Leningradi_Edasi_toimetus, lk 7
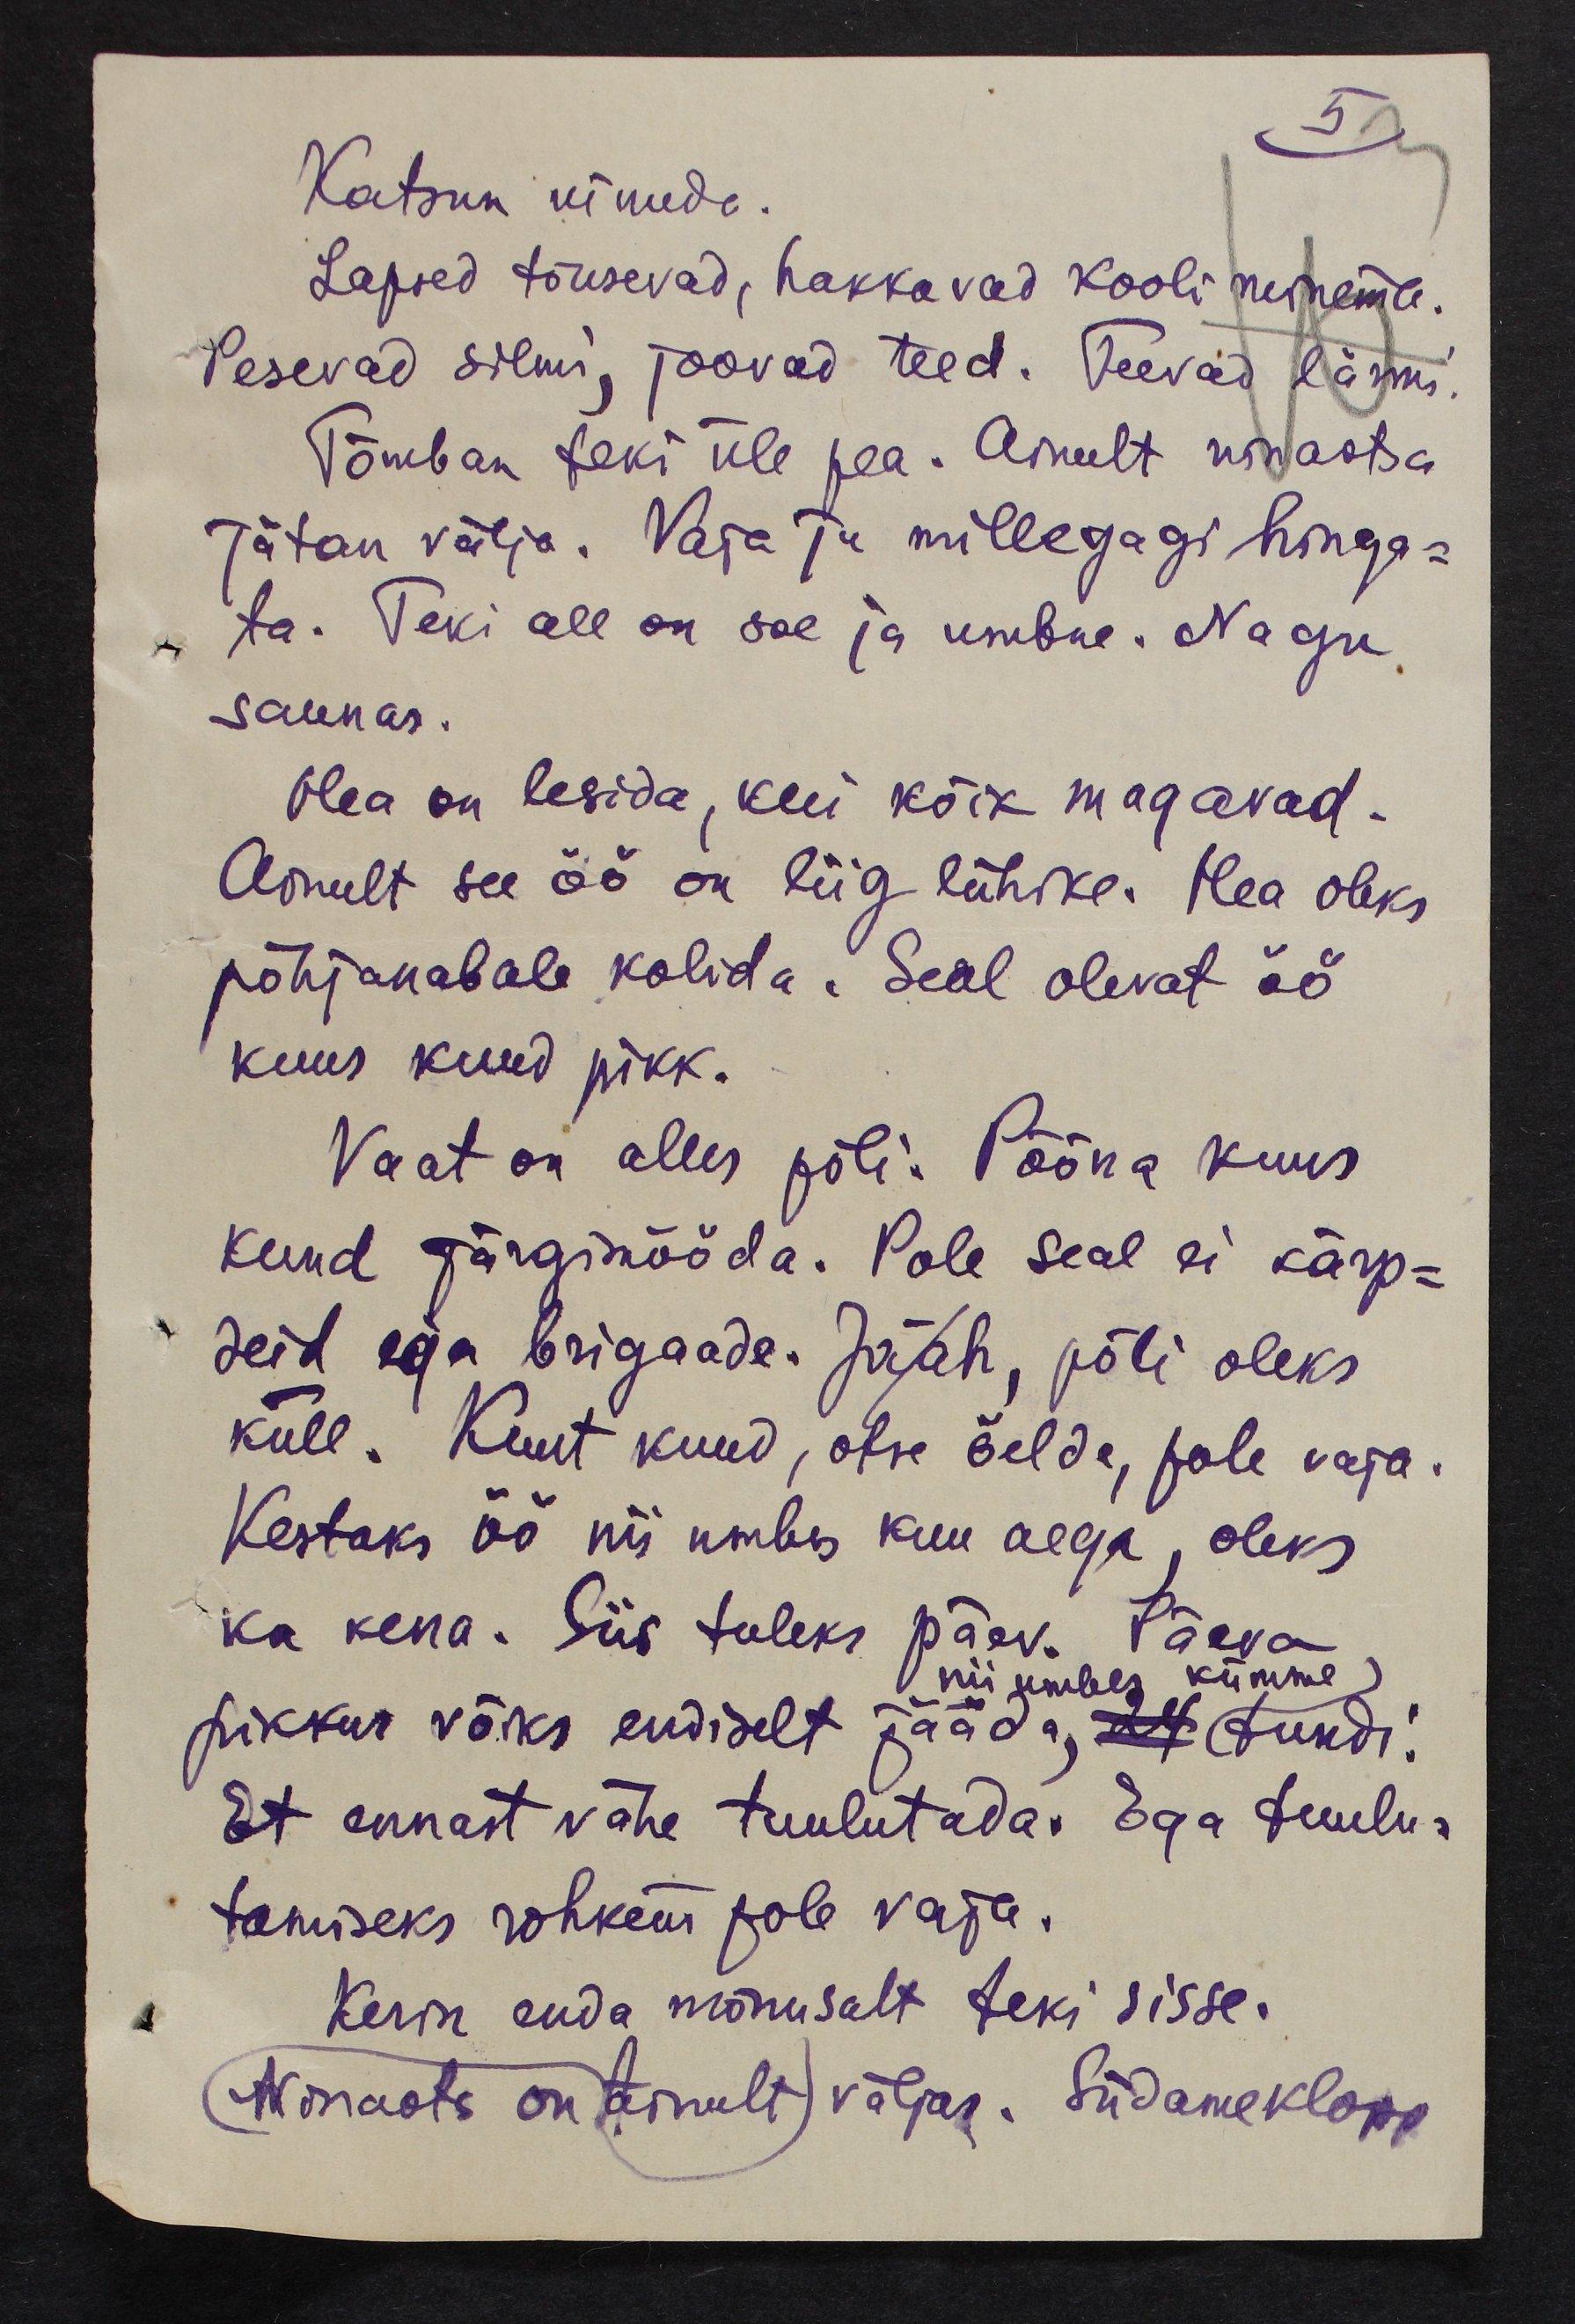
Katsun uinuda.
Lapsed tõusevad, hakkavad kooli neinema.
Pesevad silmi, joovad teed. Teevad lärmi.
Tõmban teki üle pea. Ainult ninaotsa
jätan välja. Vaja ja millegagi hinga-
ta. Teki all on soe ja umbne. Nagu,
saunas.
Hea on lesida, kui kõik magavad.
Ainult see öö on liig lühike. Hea oleks
põhjanabale kolida. Seal olevat öö
kuus kuud pikk.
Vaat on alles põli. Põõna kuus
kuud järgimööda. Pole seal ei kärp-
seid ega brigaade. Ja/ah, põli oleks
küll. Kuut kuud, otse öelda, pole vaja.
Kestaks öö nii umbes kuu aega, oleks
ka kena. Siis tuleks päev. Päeva
nii umbes kümme
pikkus võiks endiselt jääda, 24 tundi.
Et ennast vähe tuulutada. Ega tuulu-
tamiseks rohkem pole vaja.
Kerin enda mõnusalt teki sisse.
(Ninaots on ainult) väljas. Südameklope